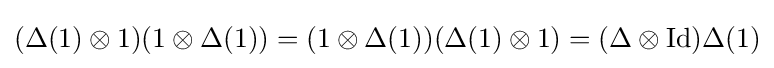
(\Delta (1)\otimes 1)(1\otimes \Delta (1))=(1\otimes \Delta (1))(\Delta (1)\otimes 1)=(\Delta \otimes {\mbox{Id}})\Delta (1)